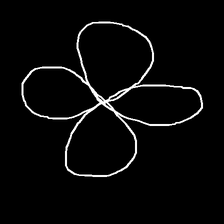
Glyph: billowing